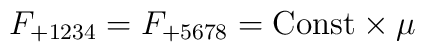
F_{+1234} = F_{+5678} = {\rm Const} \times \mu